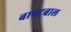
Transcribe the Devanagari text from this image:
बापटबाल